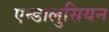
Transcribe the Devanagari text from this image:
एन्डालुसियन